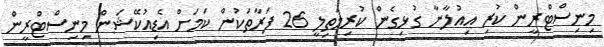
މިނިސްޓްރީން ކުރި އިއުލާނާ ގުޅިގެން ކުރިމަތިލީ 26 ފަރާތަކުން ކަމަށް އެޑިއުކޭޝަން މިނިސްޓްރީން